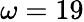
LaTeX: \omega=19